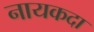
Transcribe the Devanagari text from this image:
नायकदा